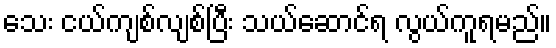
သေး ငယ်ကျစ်လျစ်ပြီး သယ်ဆောင်ရ လွယ်ကူရမည်။